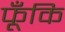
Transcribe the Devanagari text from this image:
फूँकि